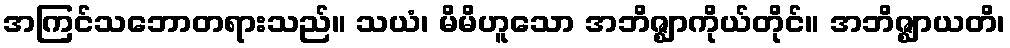
အကြင်သဘောတရားသည်။ သယံ၊ မိမိဟူသော အဘိဇ္ဈာကိုယ်တိုင်။ အဘိဇ္ဈာယတိ၊